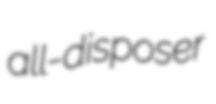
all-disposer